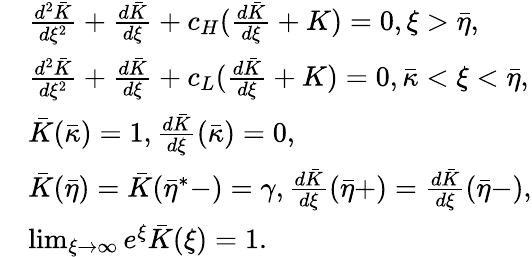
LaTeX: \begin{array}{rl}&{\frac{d^{2}\bar{K}}{d\xi^{2}}+\frac{d\bar{K}}{d\xi}+c_{H}(\frac{d\bar{K}}{d\xi}+K)=0,\xi>\bar{\eta},}\\ &{\frac{d^{2}\bar{K}}{d\xi^{2}}+\frac{d\bar{K}}{d\xi}+c_{L}(\frac{d\bar{K}}{d\xi}+K)=0,\bar{\kappa}<\xi<\bar{\eta},}\\ &{\bar{K}(\bar{\kappa})=1,\frac{d\bar{K}}{d\xi}(\bar{\kappa})=0,}\\ &{\bar{K}(\bar{\eta})=\bar{K}(\bar{\eta}^{*}-)=\gamma,\frac{d\bar{K}}{d\xi}(\bar{\eta}+)=\frac{d\bar{K}}{d\xi}(\bar{\eta}-),}\\ &{\operatorname*{lim}_{\xi\rightarrow\infty}e^{\xi}\bar{K}(\xi)=1.}\end{array}